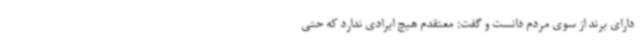
دارای برند از سوی مردم دانست و گفت: معتقدم هیچ ایرادی ندارد که حتی